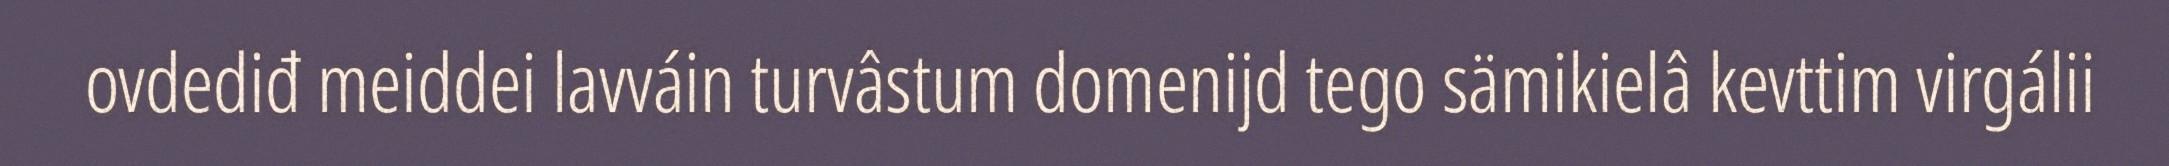
ovdediđ meiddei lavváin turvâstum domenijd tego sämikielâ kevttim virgálii